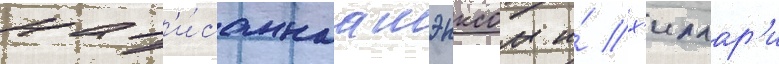
нап'и́саннаа шэнксом и́ х'иллар'и